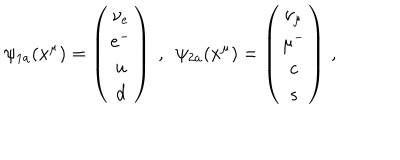
\psi _ { 1 a } ( x ^ { \mu } ) = \left( \begin{matrix} { { \nu _ { e } } } \\ { { e ^ { - } } } \\ { { u } } \\ { { d } } \\ \end{matrix} \right) ~ , ~ ~ \psi _ { 2 a } ( x ^ { \mu } ) = \left( \begin{matrix} { { \nu _ { \mu } } } \\ { { \mu ^ { - } } } \\ { { c } } \\ { { s } } \\ \end{matrix} \right) \, ,